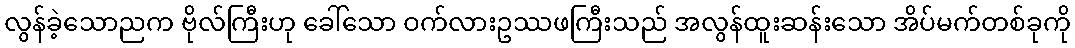
လွန်ခဲ့သောညက ဗိုလ်ကြီးဟု ခေါ်သော ဝက်လားဥဿဖကြီးသည် အလွန်ထူးဆန်းသော အိပ်မက်တစ်ခုကို